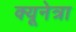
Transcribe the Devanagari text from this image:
क्यूनेत्रा